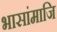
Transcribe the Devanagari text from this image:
भासांमाजि